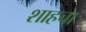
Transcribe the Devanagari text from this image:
शाहचा